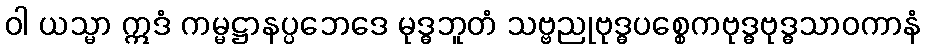
ဝါ ယသ္မာ ဣဒံ ကမ္မဋ္ဌာနပ္ပဘေဒေ မုဒ္ဓဘူတံ သဗ္ဗညုဗုဒ္ဓပစ္စေကဗုဒ္ဓဗုဒ္ဓသာဝကာနံ